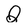
Character: Q